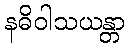
နဓိဝါသယန္တာ